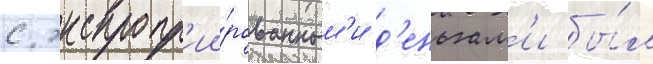
с экспропр'ии́рованным'и д'еньгам'и бы́л